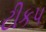
ટીકપ